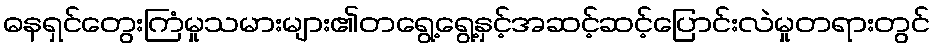
ဓနရှင်တွေးကြံမှုသမားများ၏တရွေ့ရွေ့နှင့်အဆင့်ဆင့်ပြောင်းလဲမှုတရားတွင်